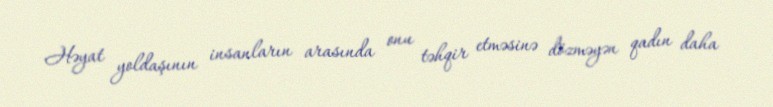
Həyat yoldaşının insanların arasında onu təhqir etməsinə dözməyən qadın daha